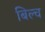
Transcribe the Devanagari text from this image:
बिल्च